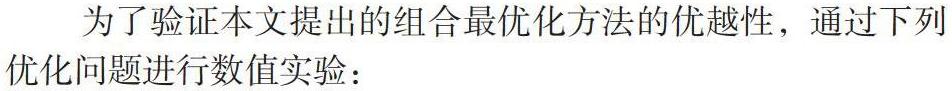
为了验证本文提出的组合最优化方法的优越性，通过下列优化问题进行数值实验：